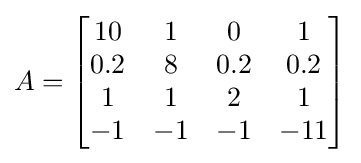
A={\begin{bmatrix}10&1&0&1\\0.2&8&0.2&0.2\\1&1&2&1\\-1&-1&-1&-11\\\end{bmatrix}}